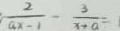
\frac { 2 } { a x - 1 } - \frac { 3 } { x - a } =